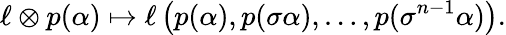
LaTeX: \ell\otimes p(\alpha)\mapsto\ell\left(p(\alpha),p(\sigma\alpha),\ldots,p(\sigma^{n-1}\alpha)\right).